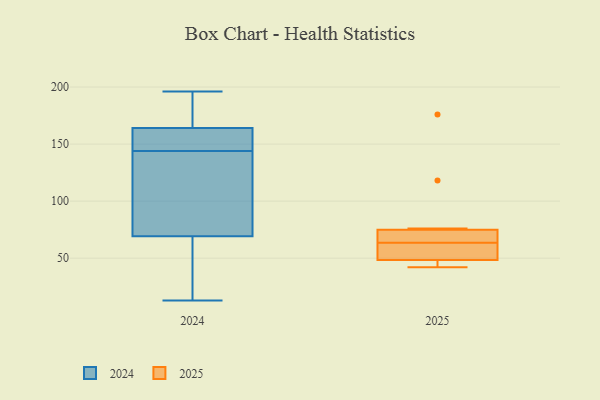
{"axis": {"x": "Inventory Turnover", "y": "Value"}, "legend": ["2024", "2025"], "data": [{"x": "", "y": 166, "type": "2024"}, {"x": "", "y": 151, "type": "2024"}, {"x": "", "y": 115, "type": "2024"}, {"x": "", "y": 179, "type": "2024"}, {"x": "", "y": 13, "type": "2024"}, {"x": "", "y": 73, "type": "2024"}, {"x": "", "y": 181, "type": "2024"}, {"x": "", "y": 41, "type": "2024"}, {"x": "", "y": 196, "type": "2024"}, {"x": "", "y": 156, "type": "2024"}, {"x": "", "y": 68, "type": "2024"}, {"x": "", "y": 158, "type": "2024"}, {"x": "", "y": 148, "type": "2024"}, {"x": "", "y": 117, "type": "2024"}, {"x": "", "y": 144, "type": "2024"}, {"x": "", "y": 177, "type": "2024"}, {"x": "", "y": 90, "type": "2024"}, {"x": "", "y": 44, "type": "2024"}, {"x": "", "y": 48, "type": "2024"}, {"x": "", "y": 65, "type": "2025"}, {"x": "", "y": 49, "type": "2025"}, {"x": "", "y": 74, "type": "2025"}, {"x": "", "y": 62, "type": "2025"}, {"x": "", "y": 176, "type": "2025"}, {"x": "", "y": 42, "type": "2025"}, {"x": "", "y": 63, "type": "2025"}, {"x": "", "y": 48, "type": "2025"}, {"x": "", "y": 76, "type": "2025"}, {"x": "", "y": 118, "type": "2025"}, {"x": "", "y": 64, "type": "2025"}, {"x": "", "y": 46, "type": "2025"}]}